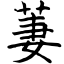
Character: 萋